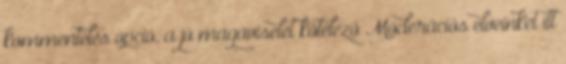
kommentelés opció, a jó magaviselet kötelező Moderációs elveinket itt